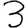
Digit: 3